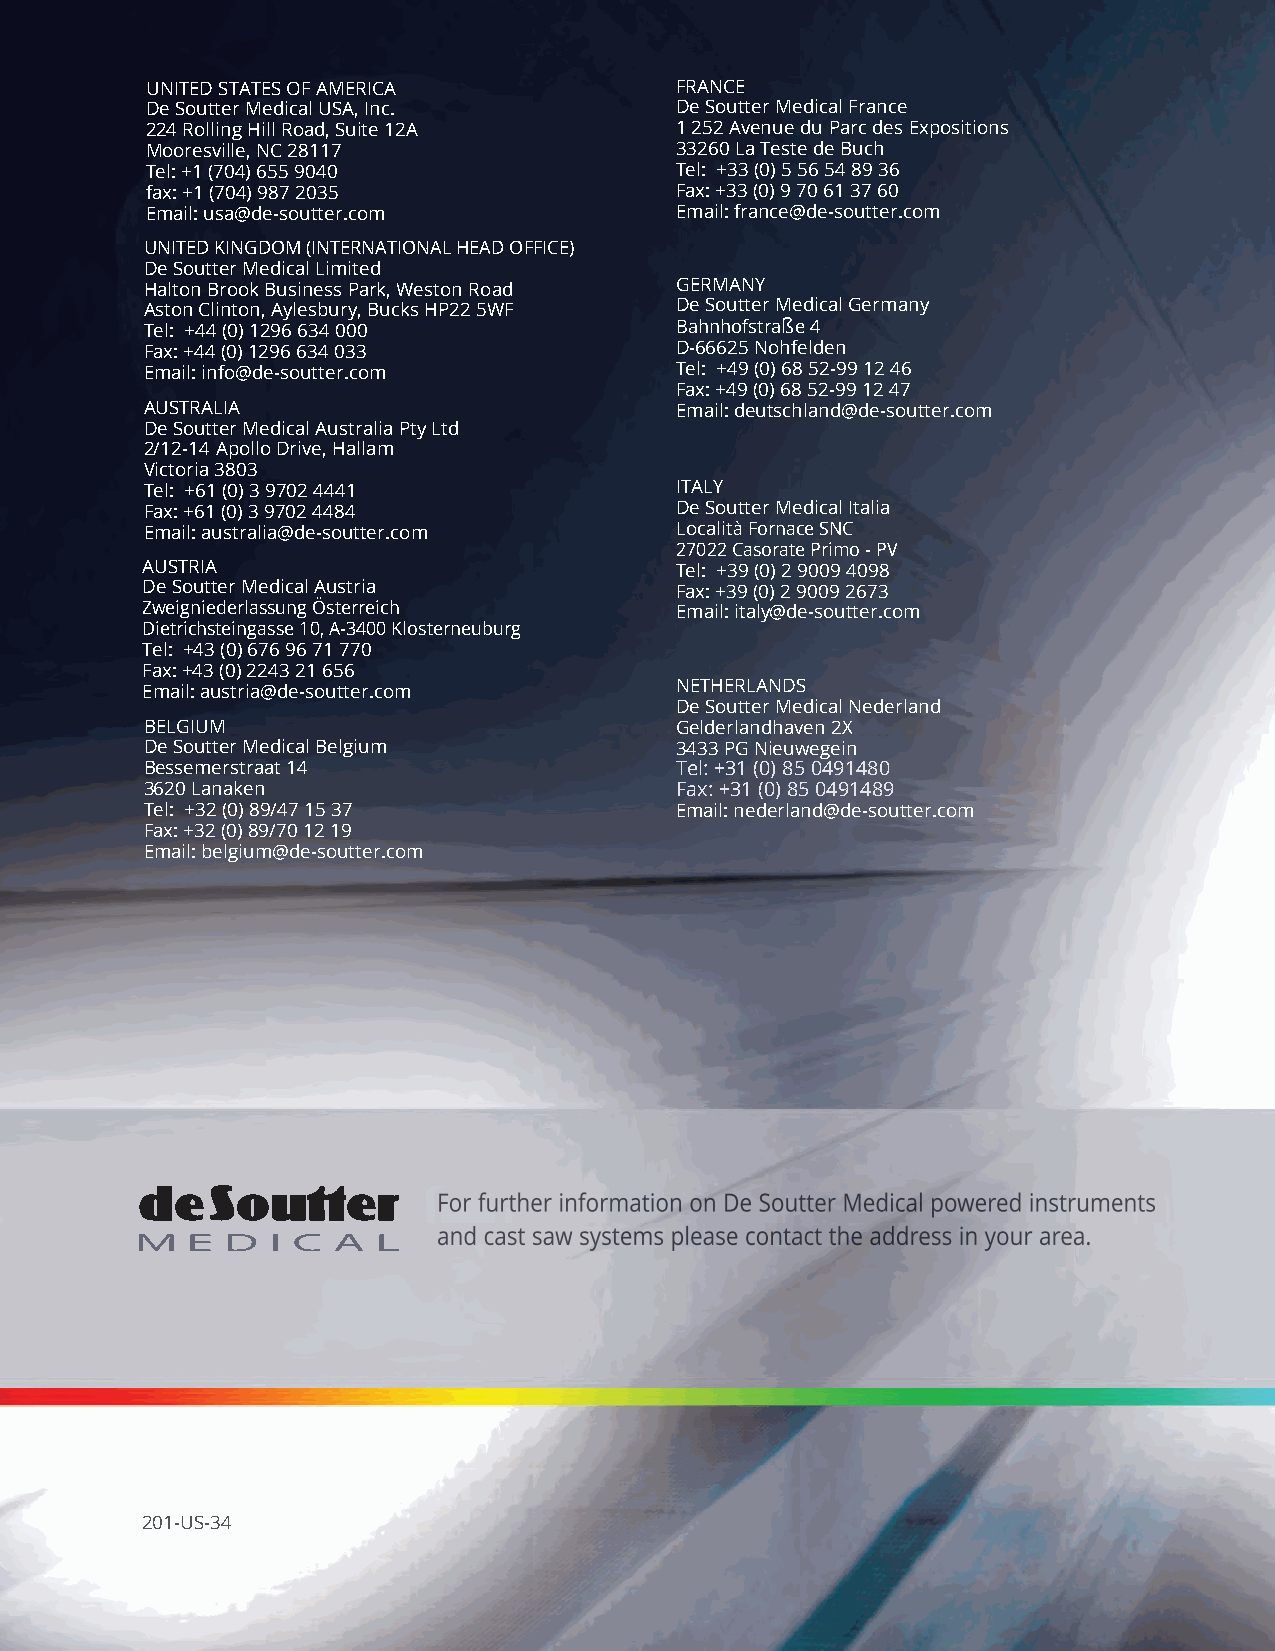
UNITED STATES OF AMERICA           FRANCE
 De Soutter Medical USA, Inc.       De Soutter Medical France
 224 Rolling Hill Road, Suite 12A   1 252 Avenue du Parc des Expositions
 Mooresville, NC 28117              33260 La Teste de Buch
 Tel: +1 (704) 655 9040             Tel: +33 (0) 5 56 54 89 36
 fax: +1 (704) 987 2035             Fax: +33 (0) 9 70 61 37 60
 Email: usa@de-soutter.com          Email: france@de-soutter.com
 UNITED KINGDOM (INTERNATIONAL HEAD OFFICE)
 De Soutter Medical Limited
 Halton Brook Business Park, Weston Road GERMANY
 Aston Clinton, Aylesbury, Bucks HP22 5WF De Soutter Medical Germany
 Tel: +44 (0) 1296 634 000          Bahnhofstraße 4
 Fax: +44 (0) 1296 634 033          D-66625 Nohfelden
 Email: info@de-soutter.com         Tel: +49 (0) 68 52-99 12 46
 Fax: +49 (0) 68 52-99 12 47
 AUSTRALIA                          Email: deutschland@de-soutter.com
 De Soutter Medical Australia Pty Ltd
 2/12-14 Apollo Drive, Hallam
 Victoria 3803
 Tel: +61 (0) 3 9702 4441           ITALY
 Fax: +61 (0) 3 9702 4484           De Soutter Medical Italia
 Email: australia@de-soutter.com    Località Forna ce SNC
 27022 Casorate Primo - PV
 AUSTRIA                             Tel: +39 (0) 2 9009 4098
 De Soutter Medical Austria          Fax: +39 (0) 2 9009 2673
 Zweigniederlassung Österreich       Email: italy @de-soutter.com
 Dietrichsteingasse 10, A-3400 Klosterneuburg
 Tel: +43 (0) 676 96 71 770
 Fax: +43 (0) 2243 21 656
 Email: austria@de-soutter.com       NETHERLANDS
 De Soutter Medical Nederland
 BELGIUM                            Gelderlandhaven 2X
 De Soutter Medical Belgium         3433 PG Nieuwegein
 Bessemerstraat 14                  Tel: +31 (0) 85 0491480
 3620 Lanaken                       Fax: +31 (0) 85 0491489
 Tel: +32 (0) 89/47 15 37           Email: nederland@de-soutter.com
 Fax: +32 (0) 89/70 12 19
 Email: belgium@de-soutter.com
 201-US-34